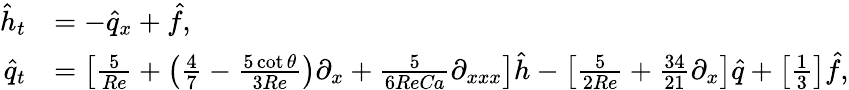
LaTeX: \begin{array}{rl}{\hat{h}_{t}}&{=-\hat{q}_{x}+\hat{f},}\\ {\hat{q}_{t}}&{=\left[\frac{5}{\mathrm{\textit{Re}}}+\left(\frac{4}{7}-\frac{5\cot{\theta}}{3\mathrm{\textit{Re}}}\right)\partial_{x}+\frac{5}{6\mathrm{\textit{Re}}\mathrm{\textit{Ca}}}\partial_{xxx}\right]\hat{h}-\left[\frac{5}{2\mathrm{\textit{Re}}}+\frac{34}{21}\partial_{x}\right]\hat{q}+\left[\frac{1}{3}\right]\hat{f},}\end{array}